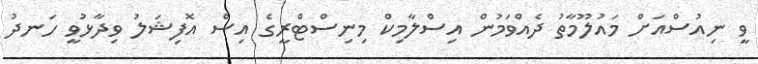
ވީ ނިއުސްއަށް މައުލޫމާތު ދެއްވަމުން އިސްލާމިކް މިނިސްޓްރީގެ އިސް އޮފިޝަލު ވިދާޅުވީ ހަނދު